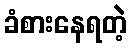
ခံစားနေရတဲ့